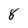
Character: 8